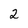
Character: 2